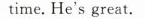
time. He's great.